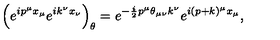
\left( e ^ { i p ^ { \mu } x _ { \mu } } e ^ { i k ^ { \nu } x _ { \nu } } \right) _ { \theta } = e ^ { - \frac { i } { 2 } p ^ { \mu } \theta _ { \mu \nu } k ^ { \nu } } e ^ { i ( p + k ) ^ { \mu } x _ { \mu } } ,